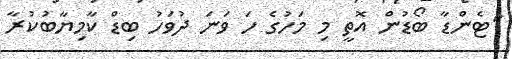
"ޓެންޑާ ބޯޑުން އޮތީ މި މަހުގެ ހަ ވަނަ ދުވަހު ބިޑް ކާމިޔާބުކުރާ